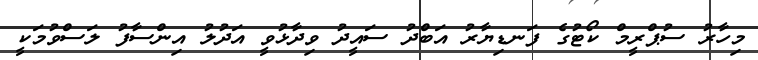
މިހާރު ސުޕްރީމް ކޯޓުގެ ފަނޑިޔާރު އަބްދު ސައީދު ވިދާޅުވީ އަދުލު އިންސާފު ލަސްވުމަކީ